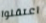
اعتقلوا